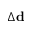
\Delta \mathbf { d }